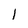
Character: 1